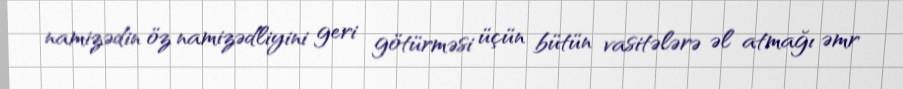
namizədin öz namizədliyini geri götürməsi üçün bütün vasitələrə əl atmağı əmr